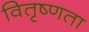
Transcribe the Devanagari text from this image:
वितृष्णता